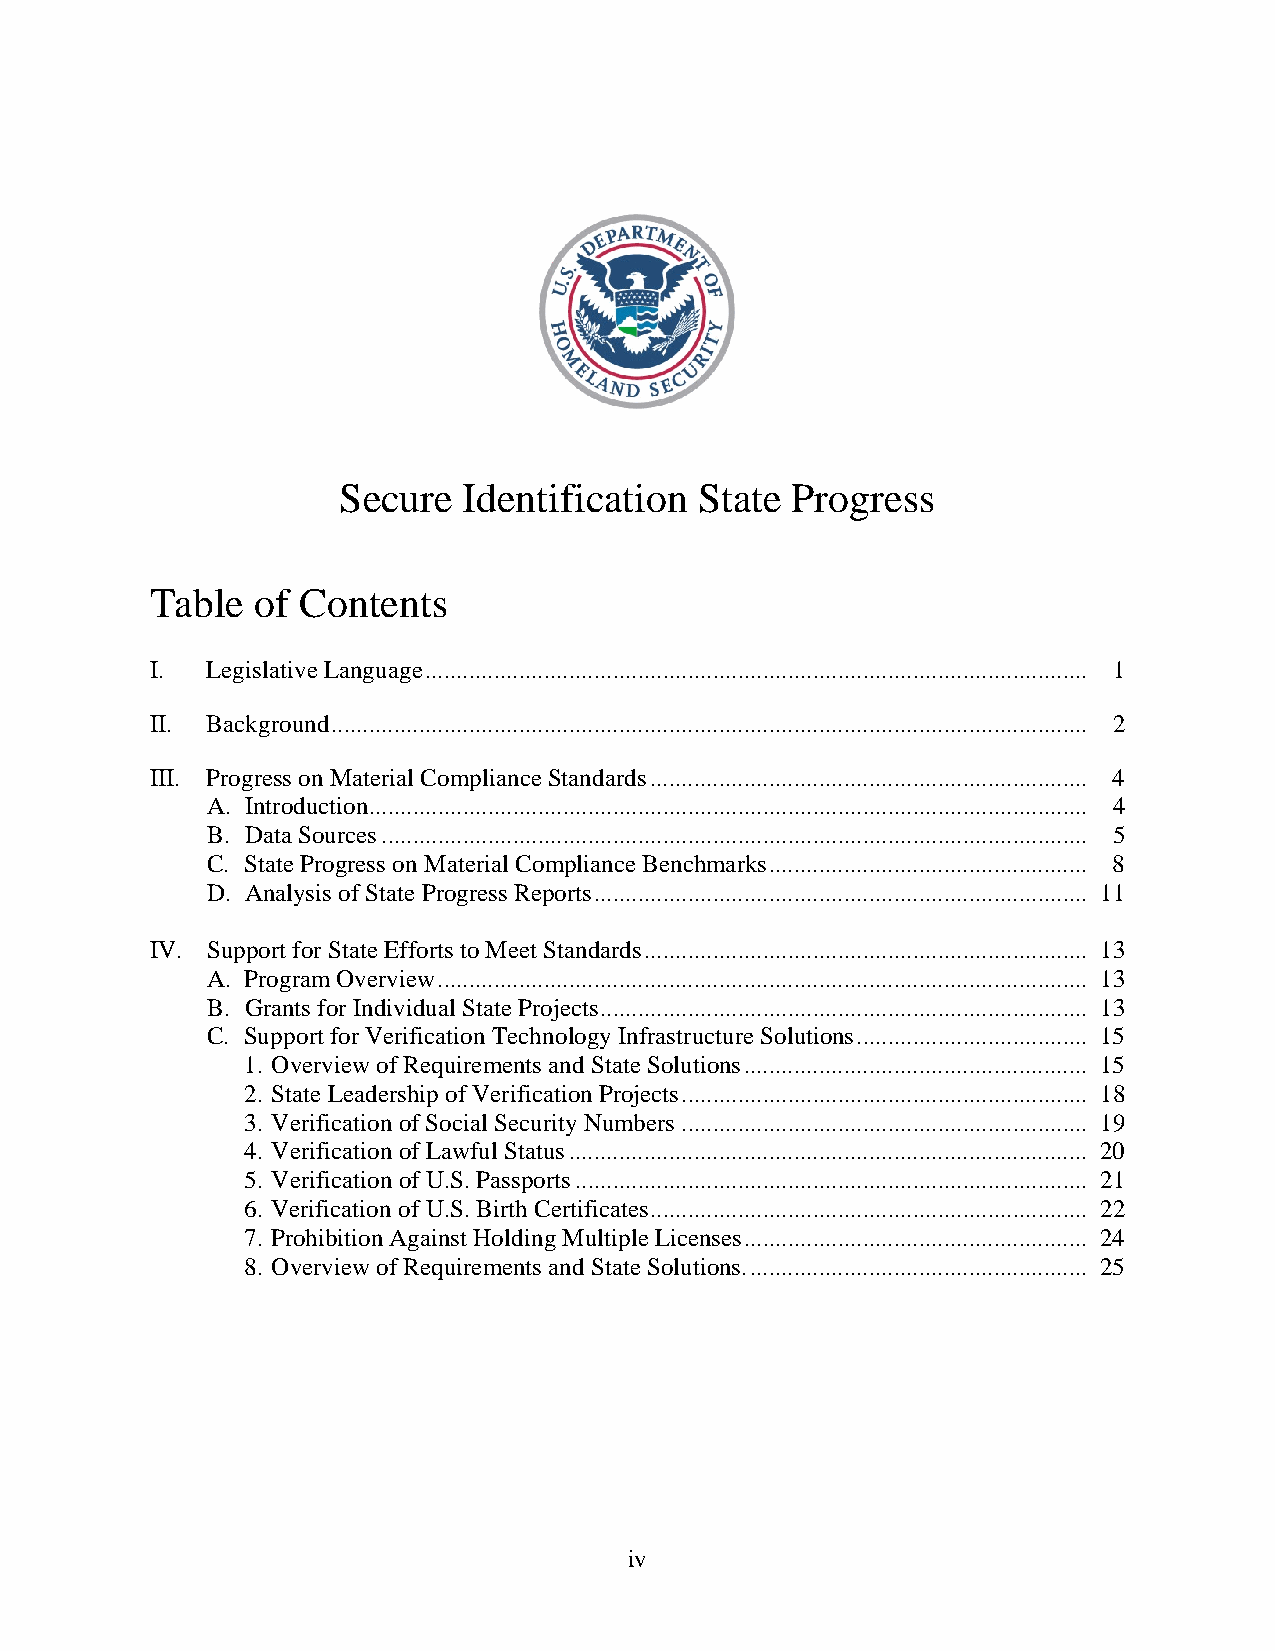
Secure   Identification State Progress
 Table  of Contents
 I.  Legislative Language .......................................................................................................... 1
 II. Background ......................................................................................................................... 2
 III. Progress on Material Compliance Standards ...................................................................... 4
 A. Introduction ................................................................................................................... 4
 B. Data Sources ................................................................................................................. 5
 C. State Progress on Material Compliance Benchmarks ................................................... 8
 D. Analysis of State Progress Reports ............................................................................... 11
 IV. Support for State Efforts to Meet Standards ....................................................................... 13
 A. Program Overview ........................................................................................................ 13
 B. Grants for Individual State Projects .............................................................................. 13
 C. Support for Verification Technology Infrastructure Solutions ..................................... 15
 1. Overview of Requirements and State Solutions ....................................................... 15
 2. State Leadership of Verification Projects ................................................................. 18
 3. Verification of Social Security Numbers ................................................................. 19
 4. Verification of Lawful Status ................................................................................... 20
 5. Verification of U.S. Passports .................................................................................. 21
 6. Verification of U.S. Birth Certificates ...................................................................... 22
 7. Prohibition Against Holding Multiple Licenses ....................................................... 24
 8. Overview of Requirements and State Solutions. ...................................................... 25
 iv